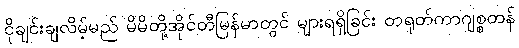
ငိုချင်းချလိမ့်မည် မိမိတို့အိုင်တီမြန်မာတွင် များရရှိခြင်း တရုတ်ကာဂျစ္စတန်